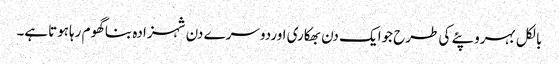
بالکل بہروپئے کی طرح جوایک دن بھکاری اوردوسرے دن شہزادہ بناگھوم رہاہوتاہے۔